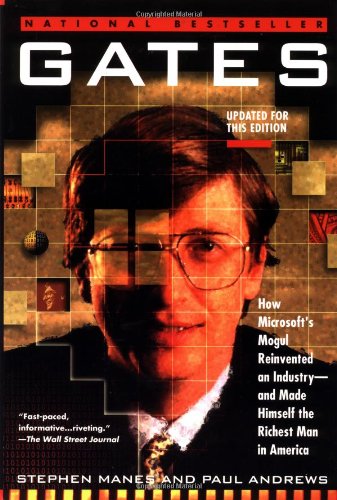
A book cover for Gates: How Microsoft's Mogul Reinvented an Industry--and Made Himself the Richest Man in America; Stephen Manes; Computers & Technology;